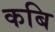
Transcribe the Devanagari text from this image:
कबि